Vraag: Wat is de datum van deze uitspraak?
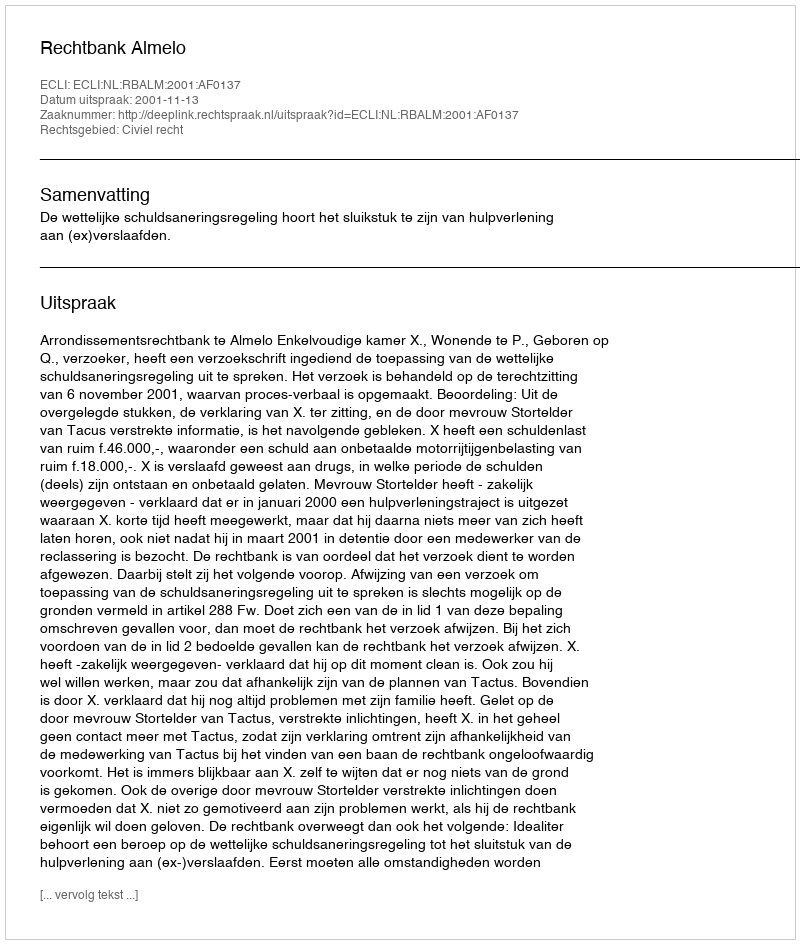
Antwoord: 2001-11-13